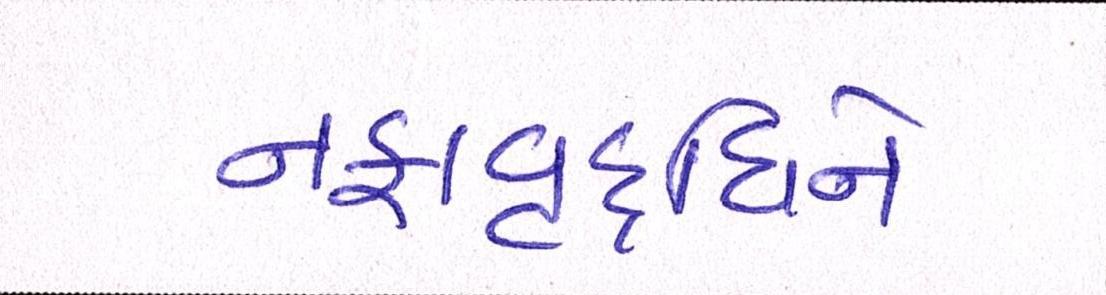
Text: નફાવૃદ્ધિને